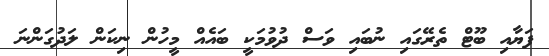
ފަޔާއި ބޫޓް ތެރޭގައި ނުބައި ވަސް ދުވުމަކީ ބައެެއް މީހުން ނިކަން ލަދުގަންނަ